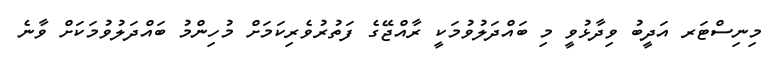
މިނިސްޓަރ އަދީބު ވިދާޅުވީ މި ބައްދަލުވުމަކީ ރާއްޖޭގެ ފަތުރުވެރިކަމަށް މުހިންމު ބައްދަލުވުމަކަށް ވާނެ